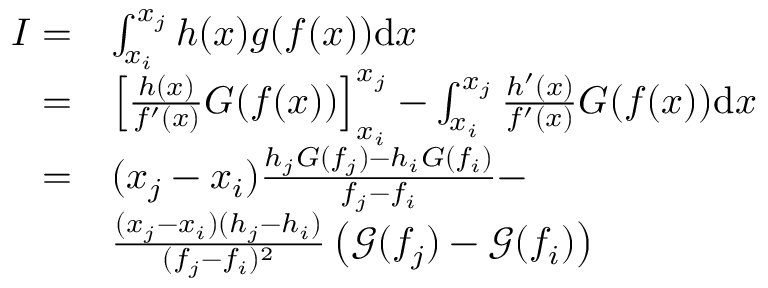
\begin{array} { r l } { I = } & { \int _ { x _ { i } } ^ { x _ { j } } h ( x ) g ( f ( x ) ) \mathrm { d } x } \\ { = } & { \left[ \frac { h ( x ) } { f ^ { \prime } ( x ) } G ( f ( x ) ) \right] _ { x _ { i } } ^ { x _ { j } } - \int _ { x _ { i } } ^ { x _ { j } } \frac { h ^ { \prime } ( x ) } { f ^ { \prime } ( x ) } G ( f ( x ) ) \mathrm { d } x } \\ { = } & { ( x _ { j } - x _ { i } ) \frac { h _ { j } G ( f _ { j } ) - h _ { i } G ( f _ { i } ) } { f _ { j } - f _ { i } } - } \\ & { \frac { ( x _ { j } - x _ { i } ) ( h _ { j } - h _ { i } ) } { ( f _ { j } - f _ { i } ) ^ { 2 } } \left( \mathcal { G } ( f _ { j } ) - \mathcal { G } ( f _ { i } ) \right) } \end{array}